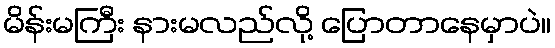
မိန်းမကြီး နားမလည်လို့ ပြောတာနေမှာပဲ။